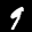
Label: 9